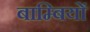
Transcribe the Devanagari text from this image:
बाम्बियों